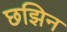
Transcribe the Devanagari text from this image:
छझिन